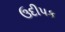
ઉદીપક